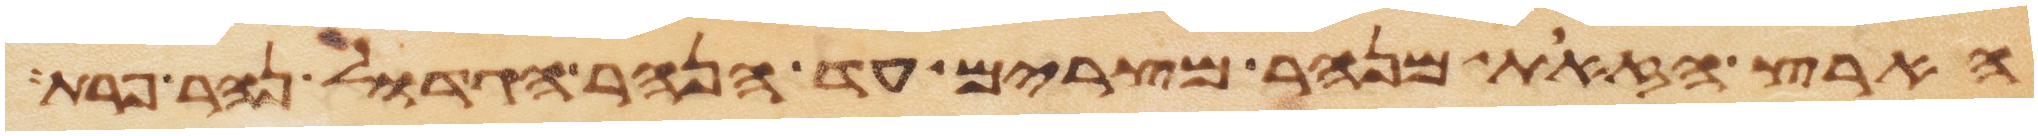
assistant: הארץ הזאת מנהר מצרים עד הנהר הגדול נהר פרת